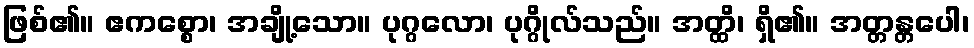
ဖြစ်၏။ ဧကစ္စော၊ အချို့သော။ ပုဂ္ဂလော၊ ပုဂ္ဂိုလ်သည်။ အတ္ထိ၊ ရှိ၏။ အတ္တန္တပေါ၊